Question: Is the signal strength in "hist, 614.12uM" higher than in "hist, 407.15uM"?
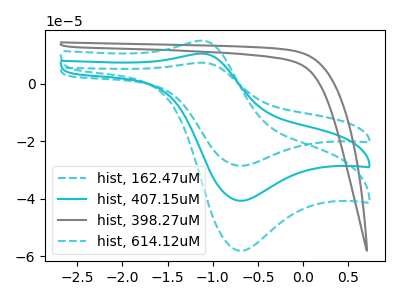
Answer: <think>The cyan dashed curve "hist, 162.47uM" has an anodic peak at (-1.10V, 21.05uA) and a cathodic peak at (-0.70V, -81.40uA). The cyan curve "hist, 407.15uM" has an anodic peak at (-1.10V, 10.50uA) and a cathodic peak at (-0.70V, -40.70uA). The gray curve "hist, 398.27uM" has no peaks. The cyan dashed curve "hist, 614.12uM" has an anodic peak at (-1.10V, 15.00uA) and a cathodic peak at (-0.70V, -58.10uA).
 All the peaks in "hist, 614.12uM" have a peak in "hist, 407.15uM" at the same potential. Every peak in "hist, 614.12uM" is higher than every peak in "hist, 407.15uM".</think>
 <answer>"hist, 614.12uM" has more signal than "hist, 407.15uM".</answer>
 <eval>more_signal</eval>